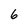
Character: 6